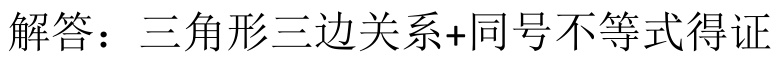
解答：三角形三边关系+同号不等式得证